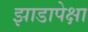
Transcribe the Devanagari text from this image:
झाडापेक्षा